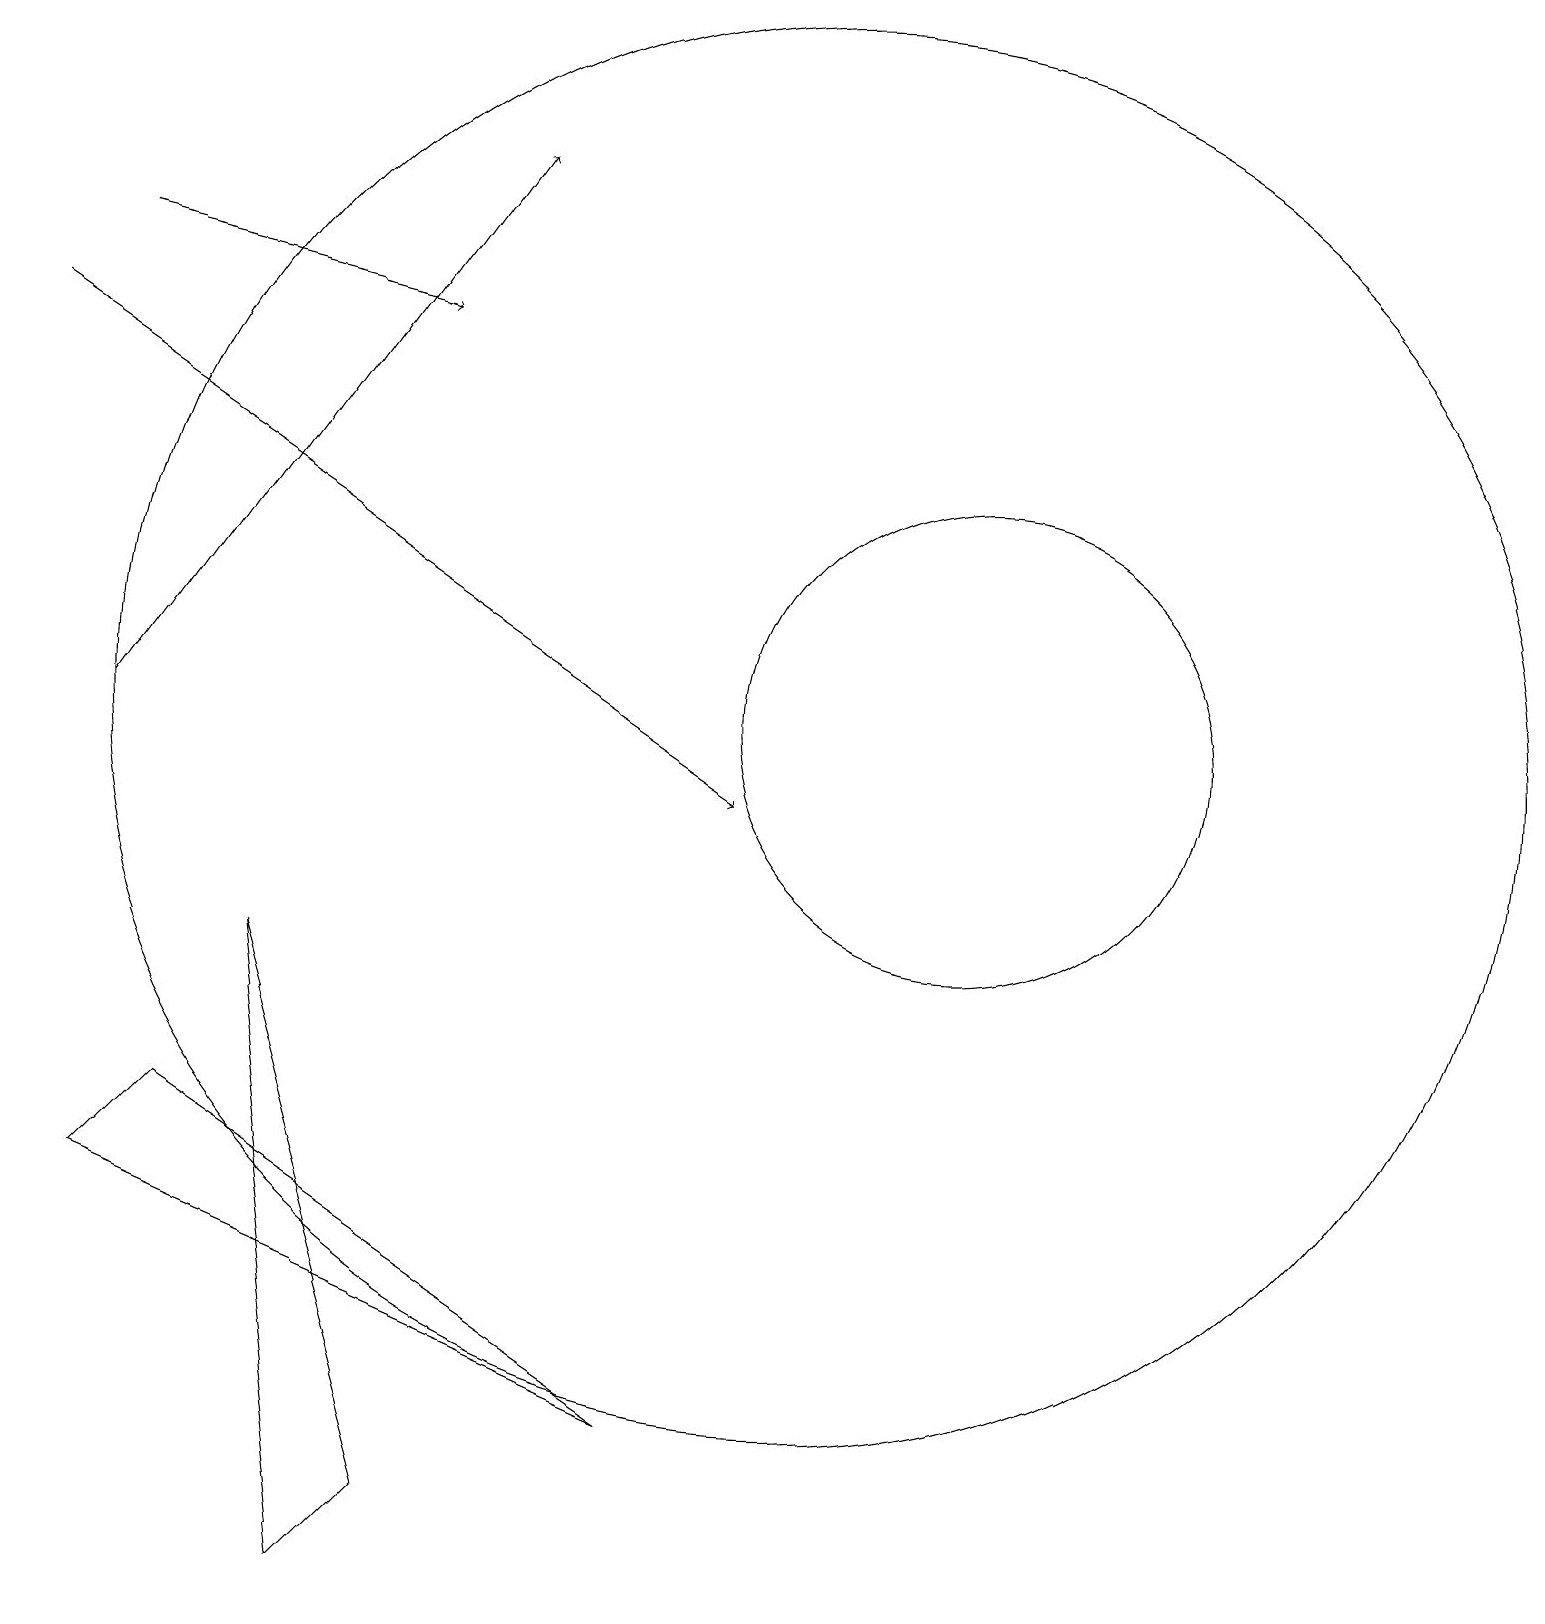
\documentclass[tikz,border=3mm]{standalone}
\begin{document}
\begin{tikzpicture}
\draw (12,11) circle (3);
\draw (3,8) -- (5,1) -- (4,0) -- cycle;
\draw (8,2) -- (2,6) -- (1,5) -- cycle;
\draw[->] (0,16) -- (9,10);
\draw[->] (1,11) -- (6,18);
\draw[->] (1,17) -- (5,16);
\draw (10,11) circle (9);
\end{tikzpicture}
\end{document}